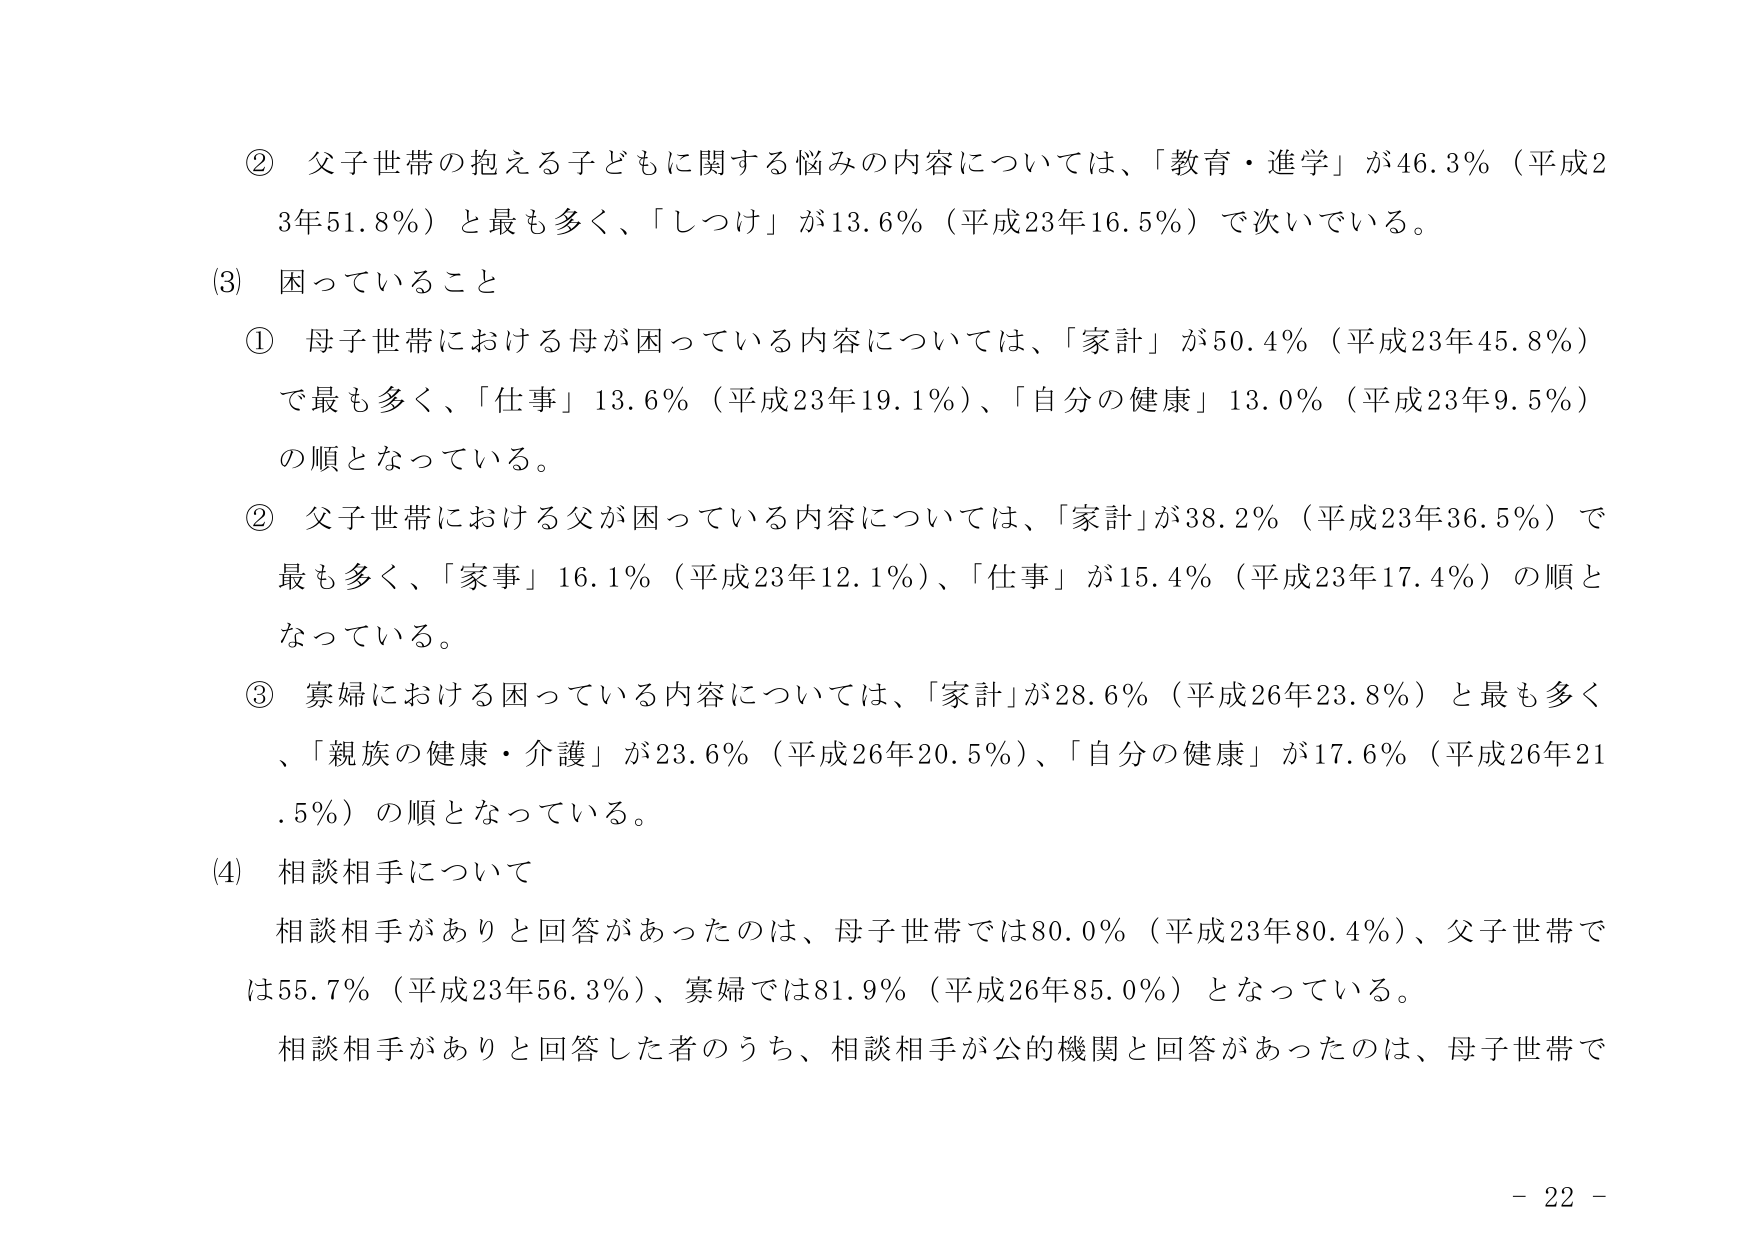
② 父子世帯の抱える子どもに関する悩みの内容については、「教育・進学」が46.3％（平成23年51.8％）と最も多く、「しつけ」が13.6％（平成23年16.5％）で次いでいる。

(3) 困っていること

① 母子世帯における母が困っている内容については、「家計」が50.4％（平成23年45.8％）で最も多く、「仕事」13.6％（平成23年19.1％）、「自分の健康」13.0％（平成23年9.5％）の順となっている。

② 父子世帯における父が困っている内容については、「家計」が38.2％（平成23年36.5％）で最も多く、「家事」16.1％（平成23年12.1％）、「仕事」が15.4％（平成23年17.4％）の順となっている。

③ 寡婦における困っている内容については、「家計」が28.6％（平成26年23.8％）と最も多く、「親族の健康・介護」が23.6％（平成26年20.5％）、「自分の健康」が17.6％（平成26年21.5％）の順となっている。

(4) 相談相手について

相談相手がありと回答があったのは、母子世帯では80.0％（平成23年80.4％）、父子世帯では55.7％（平成23年56.3％）、寡婦では81.9％（平成26年85.0％）となっている。

相談相手がありと回答した者のうち、相談相手が公的機関と回答があったのは、母子世帯で

- 22 -